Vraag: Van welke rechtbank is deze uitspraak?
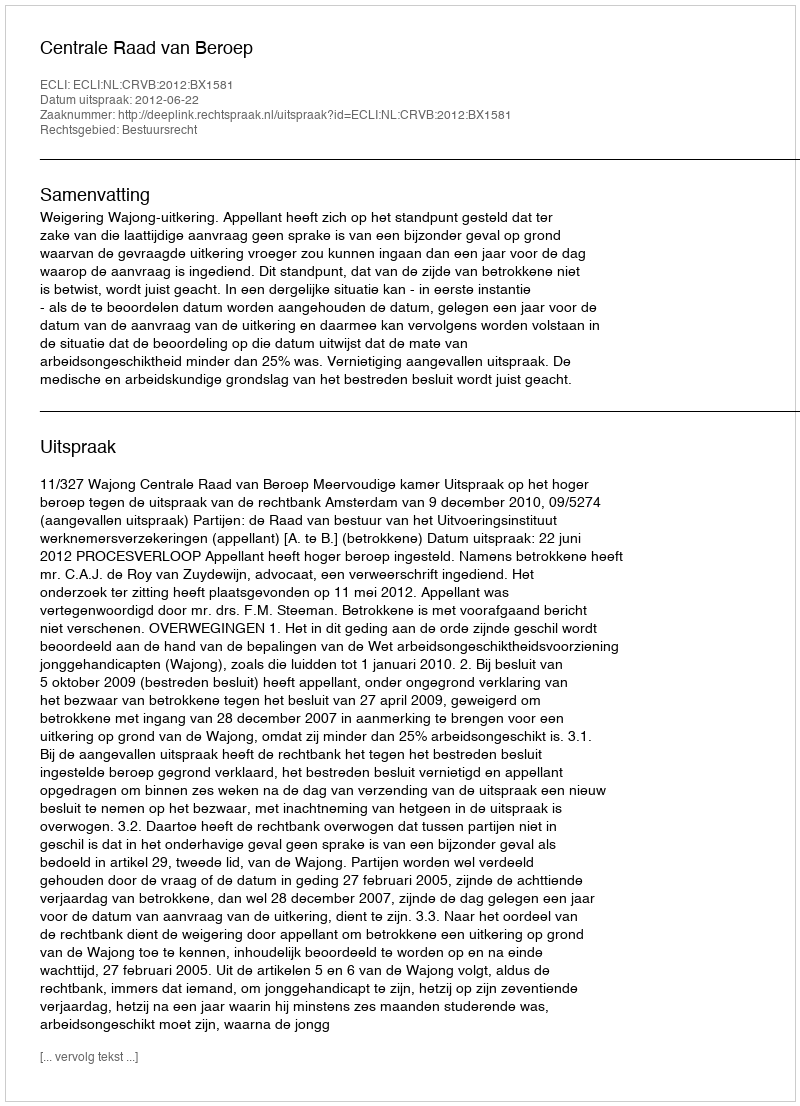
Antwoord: Centrale Raad van Beroep